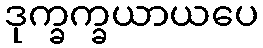
ဒုက္ခက္ခယာယပေ